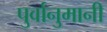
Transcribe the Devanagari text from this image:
पुर्वानुमानी